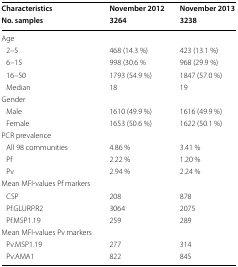
| Characteristics | November 2012 | November 2013 |
 | No. samples | 3264 | 3238 |
 | --- | --- | --- |
 | <COLSPAN=3> Age |
 | 2–5 | 468 (14.3 %) | 423 (13.1 %) |
 | 6–15 | 998 (30.6 % | 968 (29.9 %) |
 | 16–50 | 1793 (54.9 %) | 1847 (57.0 %) |
 | Median | 18 | 19 |
 | <COLSPAN=3> Gender |
 | Male | 1610 (49.9 %) | 1616 (49.9 %) |
 | Female | 1653 (50.6 %) | 1622 (50.1 %) |
 | <COLSPAN=3> PCR prevalence |
 | All 98 communities | 4.86 % | 3.41 % |
 | Pf | 2.22 % | 1.20 % |
 | Pv | 2.94 % | 2.24 % |
 | <COLSPAN=3> Mean MFI-values Pf markers |
 | CSP | 208 | 878 |
 | Pf.GLURP.R2 | 3064 | 2075 |
 | Pf.MSP1.19 | 259 | 289 |
 | <COLSPAN=3> Mean MFI-values Pv markers |
 | Pv.MSP1.19 | 277 | 314 |
 | Pv.AMA1 | 822 | 845 |